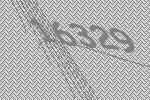
16329